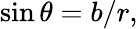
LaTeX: \sin\theta=b/r,